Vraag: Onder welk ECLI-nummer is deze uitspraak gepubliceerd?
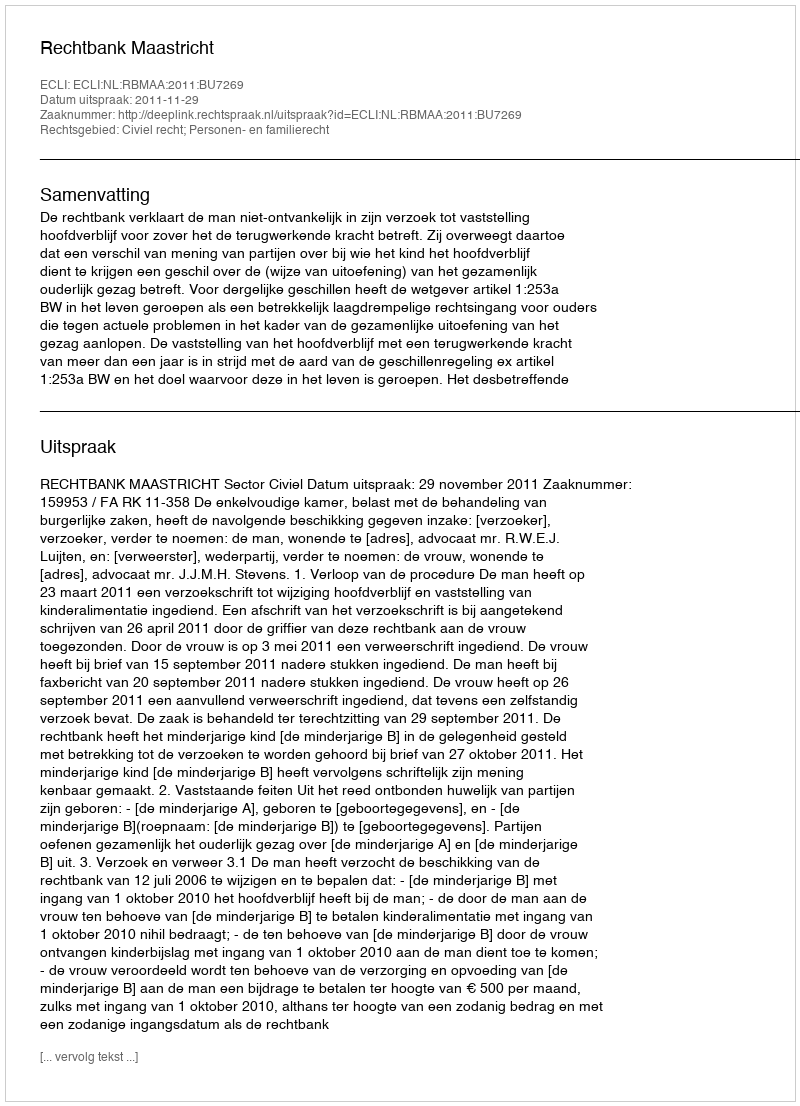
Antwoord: ECLI:NL:RBMAA:2011:BU7269